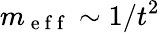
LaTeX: m_{\mathrm{~e~f~f~}}\sim 1/t^{2}